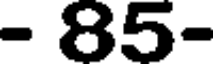
- 85-